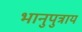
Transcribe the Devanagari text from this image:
भानुपुत्राय